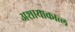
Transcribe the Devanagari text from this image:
अशायाकात्ल